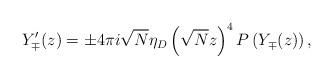
LaTeX: \begin{align*}Y'_{\mp}(z)=\pm 4\pi i \sqrt{N}\eta_D\left(\sqrt{N}z\right)^4P\left(Y_{\mp}(z)\right),\end{align*}